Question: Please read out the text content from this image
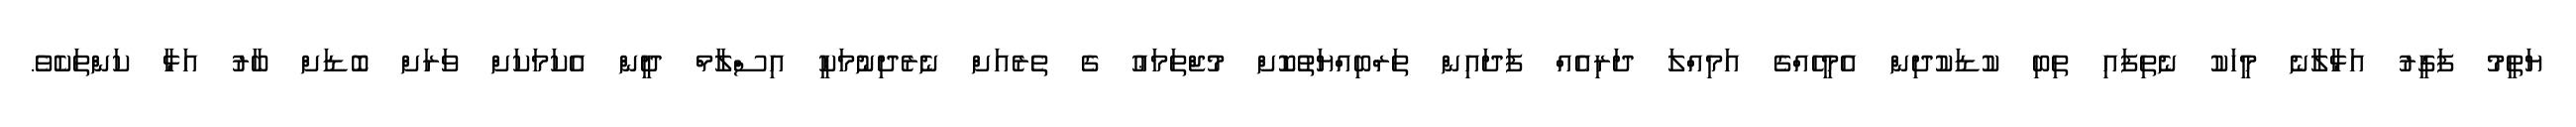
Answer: ޔަތީމު ފަގީރު އަޅާލާނެ މީހަކު ނެތިފައި ތިބި ކުޑަކުދިން އެމީހެއްގެ އަމިއްލަ ދަރިއެއް ފަދައިން ތަރްބިއްޔަތުކޮށް މުޖްތަމަޢު ގެ ތެރެއަށް ނެރެދިނުމަކީ އިސްލާމް ދީން އެކަމަކަށް ވަރަށް ބޮޑަށް ބާރު އަޅާ ކަންތަކެވެ.